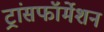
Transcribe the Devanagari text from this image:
ट्रांसफॉर्मेशन